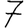
Digit: 7